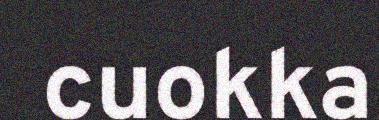
cuokka